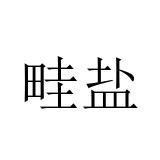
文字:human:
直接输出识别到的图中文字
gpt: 畦盐